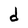
Character: d